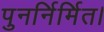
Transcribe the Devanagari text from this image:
पुनर्निर्मित।